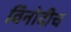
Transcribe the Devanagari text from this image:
विनोदीच